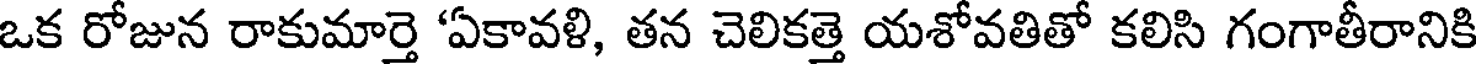
ఒక రోజున రాకుమార్తె 'ఏకావళి, తన చెలికత్తె యశోవతితో కలిసి గంగాతీరానికి